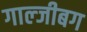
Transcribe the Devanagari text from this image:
गाल्जीबग